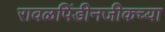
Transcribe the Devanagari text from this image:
रावळपिंडीनजीकच्या